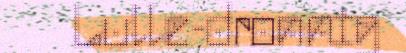
Lulle-dronnig